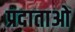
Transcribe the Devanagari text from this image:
प्रदाताओ